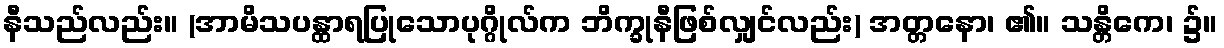
နီသည်လည်း။ (အာမိသပန္ထာရပြုသောပုဂ္ဂိုလ်က ဘိက္ခုနီဖြစ်လျှင်လည်း) အတ္တနော၊ ၏။ သန္တိကေ၊ ၌။